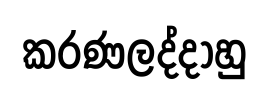
කරණලද්දාහු